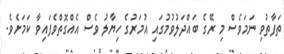
ތަފާތުވި ނަމަވެސް މި ރޭގެ ބައްދަލުވުމުގައި އުމަރުގެ ހިޔާލު ވެސް އެއްގޮތްވެފައިވާ ކަމަށެވެ.